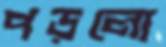
পড়লো